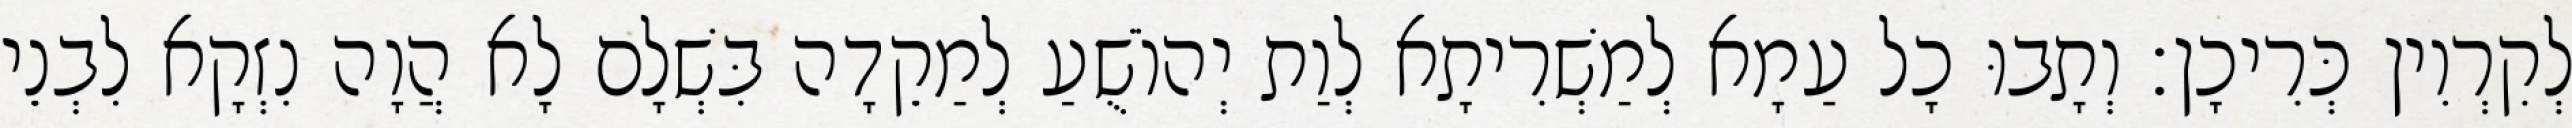
לְקִרְוִין כְּרִיכָן׃ וְתָבוּ כָל עַמָא לְמַשְׁרִיתָא לְוַת יְהוֹשֻׁעַ לְמַקֵדָה בִּשְׁלָם לָא הֲוָה נִזְקָא לִבְנֵי